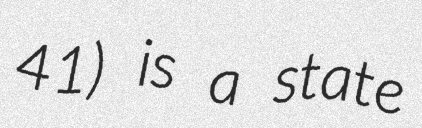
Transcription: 41) is a state